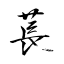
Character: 萇